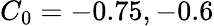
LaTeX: C_{0}=-0.75,-0.6